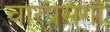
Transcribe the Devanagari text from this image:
चारप्रसंगी